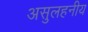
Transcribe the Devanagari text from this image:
असुलहनीय